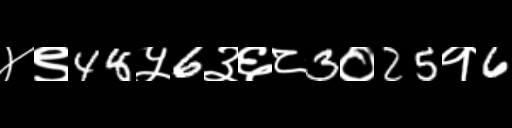
Text: ४९48५6३६८3०25१6